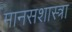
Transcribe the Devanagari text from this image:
मानसशास्त्रा